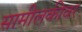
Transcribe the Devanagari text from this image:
सामीलकीवर